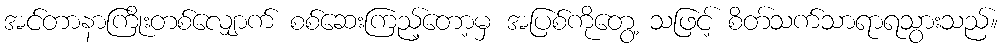
အင်တာနာကြိုးတစ်လျှောက် စစ်ဆေးကြည့်တော့မှ အပြစ်ကိုတွေ့ သဖြင့် စိတ်သက်သာရာရသွားသည်။